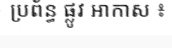
ប្រព័ន្ធ ផ្លូវ អាកាស ៖